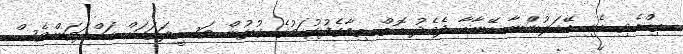
ތިއްބެވި އެކި ބޭކަލުންނާ އޭނާއާ ދެމެދު އޮތް ތިމާގެފުޅުކަމުގެ ގުޅުން ވަސީލަތަކަށް ހައްދަވަންވެސް